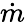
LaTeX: \dot{m}